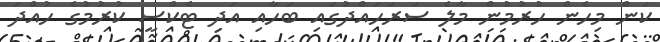
ކަން މިހެން ހުރުމުން މާލެ ސަރަހައްދުގައި ބަހާއި އަދި ޓެކްސީ ކުރުމުގެ ހުއްދަ